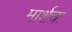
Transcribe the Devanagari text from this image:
मार्शचा